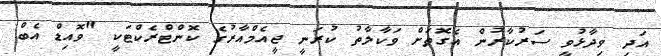
އަދި ވިދާޅުވީ ސަރުކާރުން އެގޮތަށް ވަކާލާތު ކުރަނީ ޖީއެމްއާރުގެ ކޮންޓްރެކްޓަކީ "ވޮއިޑް އެބް